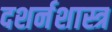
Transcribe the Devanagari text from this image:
दशर्नशास्त्र